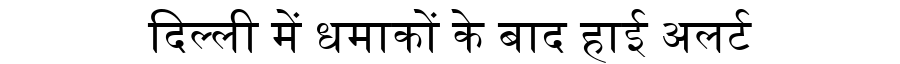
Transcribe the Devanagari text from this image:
दिल्ली में धमाकों के बाद हाई अलर्ट